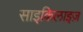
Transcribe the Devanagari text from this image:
साइकिलाइज़